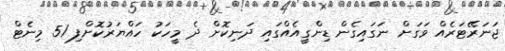
ޖަނަރޭޓަރެއް ވަގަށް ނަގައިގެން ޑިންގީއެއްގައި ދަނިކޮށް ދެ މީހަކު ހައްޔަރުކޮށްފި 51 މިނެޓް